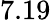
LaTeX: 7.19